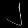
Digit: ၂